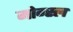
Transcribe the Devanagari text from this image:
मोग्स्ल